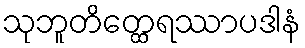
သုဘူတိတ္ထေရဿာပဒါနံ